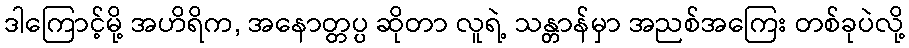
ဒါကြောင့်မို့ အဟိရိက, အနောတ္တပ္ပ ဆိုတာ လူရဲ့ သန္တာန်မှာ အညစ်အကြေး တစ်ခုပဲလို့